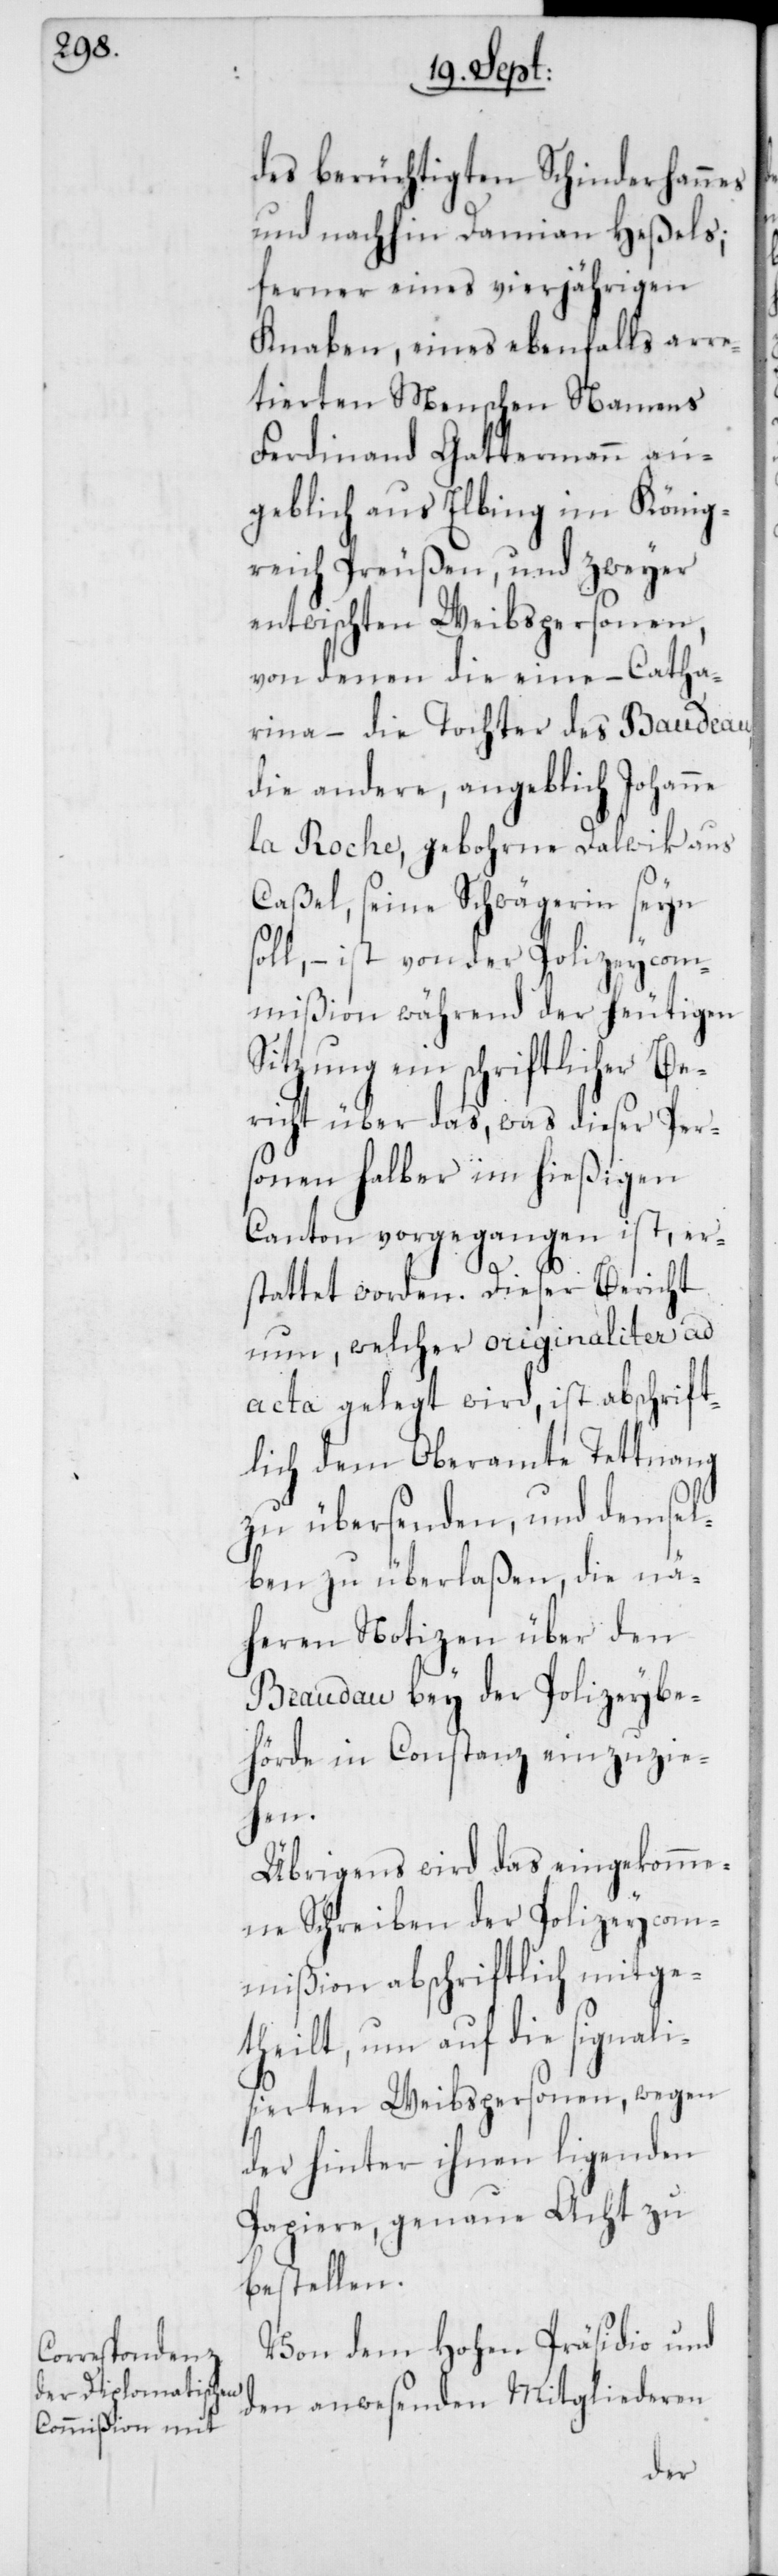
des berüchtigten Schinderhannes
und nachhin Damian Heßels;
ferner eines vierjährigen
Knaben, eines ebenfalls arre¬
tierten Menschen namens
Ferdinand Gattermann an¬
geblich aus Elbing im König¬
reich Preußen, und zweyer
entwischten Weibspersonen,
von denen die eine – Catha¬
rina – die Tochter des Baudeau
die andere, angeblich Johanne
la Roche, gebohrne Dalwik aus
Caßel, seine Schwägerin seyn
soll, – ist von der Polizeyco¬
mißion während der heutigen
Sitzung ein schriftlicher Be¬
richt über das, was dieser Per¬
sonen halber im hießigen
Canton vorgegangen ist, er¬
stattet worden. Dieser Bericht
nun, welcher originaliter ad
acta gelegt wird, ist abschrift¬
lich dem Oberamte Tettnang
zu übersenden, und demsel¬
ben zu überlaßen, die nä¬
heren Notizen über den
Beaudau bey der Polizeybe¬
hörde in Constanz einzuzie¬
hen.
Übrigens wird das eingekomme¬
ne Schreiben der Polizeycom¬
mißion abschriftlich mitge¬
theilt, um auf die signali¬
sierten Weibspersonen, wegen
der hinter ihnen ligenden
Papiere, genaue Acht zu
bestellen.
Von dem Hohen Präsidio und
den anwesenden Mitgliederen